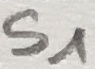
Text: S1